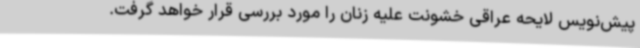
پیش‌نویس لایحه عراقی خشونت علیه زنان را مورد بررسی قرار خواهد گرفت.